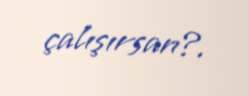
çalışırsan?.